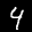
Label: 4